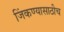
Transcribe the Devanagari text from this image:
जिंकण्यासाठीच